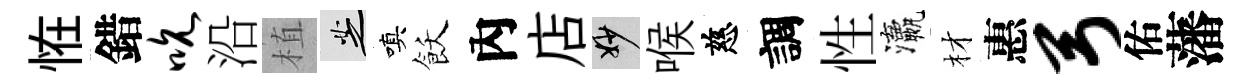
恠錯吮沿植芝嗔飫內店妙喉慈調性瀛材惠弓佑藩